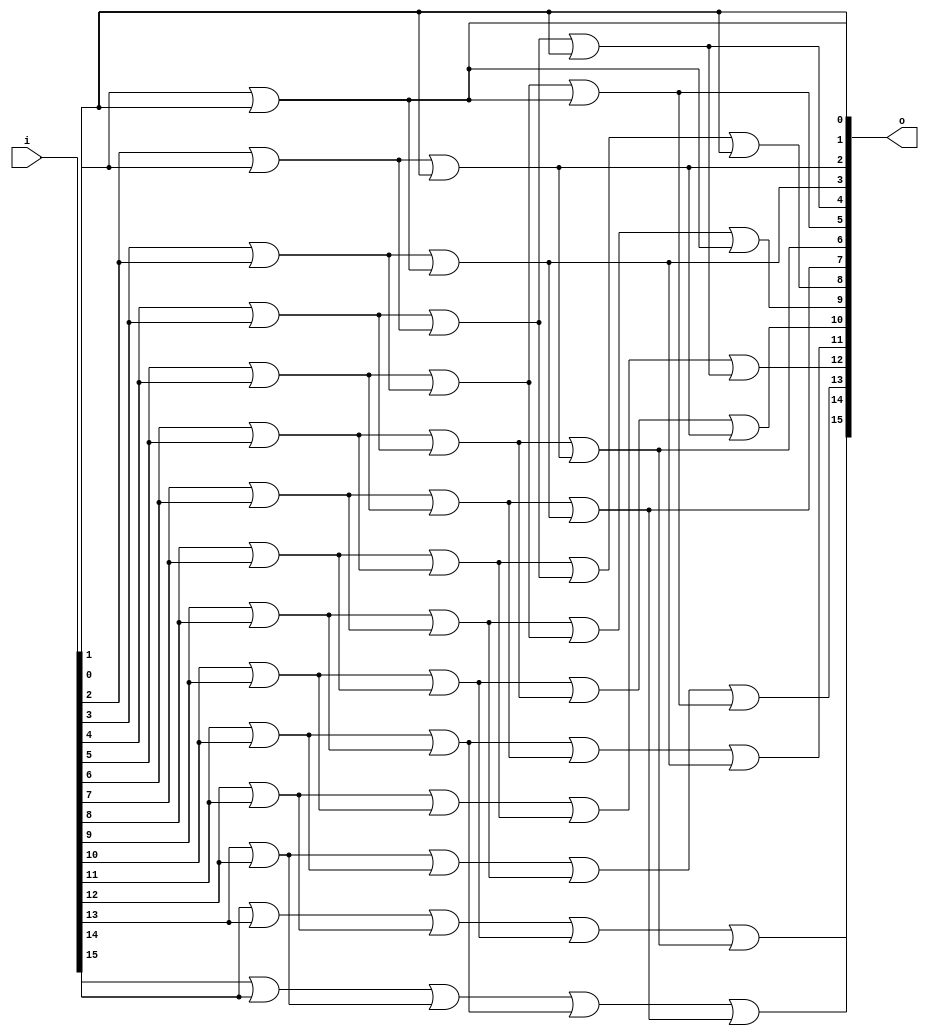
// This program was cloned from: https://github.com/NYU-MLDA/OpenABC
// License: BSD 3-Clause "New" or "Revised" License

module bsg_scan_width_p16_or_p1_lo_to_hi_p1
(
  i,
  o
);

  input [15:0] i;
  output [15:0] o;
  wire [15:0] o;
  wire t_3__15_,t_3__14_,t_3__13_,t_3__12_,t_3__11_,t_3__10_,t_3__9_,t_3__8_,t_3__7_,
  t_3__6_,t_3__5_,t_3__4_,t_3__3_,t_3__2_,t_3__1_,t_3__0_,t_2__15_,t_2__14_,
  t_2__13_,t_2__12_,t_2__11_,t_2__10_,t_2__9_,t_2__8_,t_2__7_,t_2__6_,t_2__5_,t_2__4_,
  t_2__3_,t_2__2_,t_2__1_,t_2__0_,t_1__15_,t_1__14_,t_1__13_,t_1__12_,t_1__11_,
  t_1__10_,t_1__9_,t_1__8_,t_1__7_,t_1__6_,t_1__5_,t_1__4_,t_1__3_,t_1__2_,t_1__1_,
  t_1__0_;
  assign t_1__15_ = i[0] | 1'b0;
  assign t_1__14_ = i[1] | i[0];
  assign t_1__13_ = i[2] | i[1];
  assign t_1__12_ = i[3] | i[2];
  assign t_1__11_ = i[4] | i[3];
  assign t_1__10_ = i[5] | i[4];
  assign t_1__9_ = i[6] | i[5];
  assign t_1__8_ = i[7] | i[6];
  assign t_1__7_ = i[8] | i[7];
  assign t_1__6_ = i[9] | i[8];
  assign t_1__5_ = i[10] | i[9];
  assign t_1__4_ = i[11] | i[10];
  assign t_1__3_ = i[12] | i[11];
  assign t_1__2_ = i[13] | i[12];
  assign t_1__1_ = i[14] | i[13];
  assign t_1__0_ = i[15] | i[14];
  assign t_2__15_ = t_1__15_ | 1'b0;
  assign t_2__14_ = t_1__14_ | 1'b0;
  assign t_2__13_ = t_1__13_ | t_1__15_;
  assign t_2__12_ = t_1__12_ | t_1__14_;
  assign t_2__11_ = t_1__11_ | t_1__13_;
  assign t_2__10_ = t_1__10_ | t_1__12_;
  assign t_2__9_ = t_1__9_ | t_1__11_;
  assign t_2__8_ = t_1__8_ | t_1__10_;
  assign t_2__7_ = t_1__7_ | t_1__9_;
  assign t_2__6_ = t_1__6_ | t_1__8_;
  assign t_2__5_ = t_1__5_ | t_1__7_;
  assign t_2__4_ = t_1__4_ | t_1__6_;
  assign t_2__3_ = t_1__3_ | t_1__5_;
  assign t_2__2_ = t_1__2_ | t_1__4_;
  assign t_2__1_ = t_1__1_ | t_1__3_;
  assign t_2__0_ = t_1__0_ | t_1__2_;
  assign t_3__15_ = t_2__15_ | 1'b0;
  assign t_3__14_ = t_2__14_ | 1'b0;
  assign t_3__13_ = t_2__13_ | 1'b0;
  assign t_3__12_ = t_2__12_ | 1'b0;
  assign t_3__11_ = t_2__11_ | t_2__15_;
  assign t_3__10_ = t_2__10_ | t_2__14_;
  assign t_3__9_ = t_2__9_ | t_2__13_;
  assign t_3__8_ = t_2__8_ | t_2__12_;
  assign t_3__7_ = t_2__7_ | t_2__11_;
  assign t_3__6_ = t_2__6_ | t_2__10_;
  assign t_3__5_ = t_2__5_ | t_2__9_;
  assign t_3__4_ = t_2__4_ | t_2__8_;
  assign t_3__3_ = t_2__3_ | t_2__7_;
  assign t_3__2_ = t_2__2_ | t_2__6_;
  assign t_3__1_ = t_2__1_ | t_2__5_;
  assign t_3__0_ = t_2__0_ | t_2__4_;
  assign o[0] = t_3__15_ | 1'b0;
  assign o[1] = t_3__14_ | 1'b0;
  assign o[2] = t_3__13_ | 1'b0;
  assign o[3] = t_3__12_ | 1'b0;
  assign o[4] = t_3__11_ | 1'b0;
  assign o[5] = t_3__10_ | 1'b0;
  assign o[6] = t_3__9_ | 1'b0;
  assign o[7] = t_3__8_ | 1'b0;
  assign o[8] = t_3__7_ | t_3__15_;
  assign o[9] = t_3__6_ | t_3__14_;
  assign o[10] = t_3__5_ | t_3__13_;
  assign o[11] = t_3__4_ | t_3__12_;
  assign o[12] = t_3__3_ | t_3__11_;
  assign o[13] = t_3__2_ | t_3__10_;
  assign o[14] = t_3__1_ | t_3__9_;
  assign o[15] = t_3__0_ | t_3__8_;

endmodule